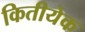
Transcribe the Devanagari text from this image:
कितीयेक